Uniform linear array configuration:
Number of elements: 8
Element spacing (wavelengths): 1
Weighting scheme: kaiser
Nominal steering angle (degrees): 45
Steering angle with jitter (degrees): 43.989
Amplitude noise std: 0.05
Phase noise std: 0.05

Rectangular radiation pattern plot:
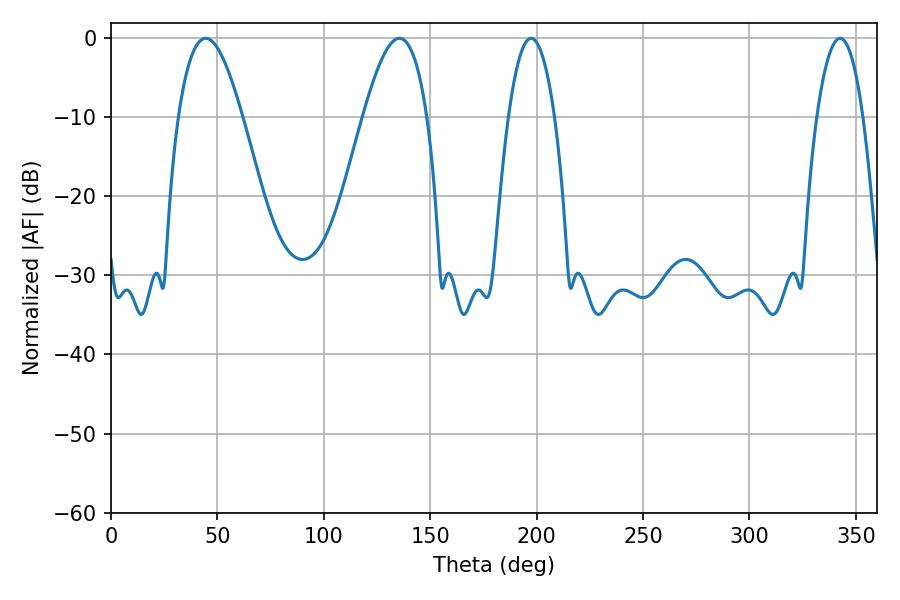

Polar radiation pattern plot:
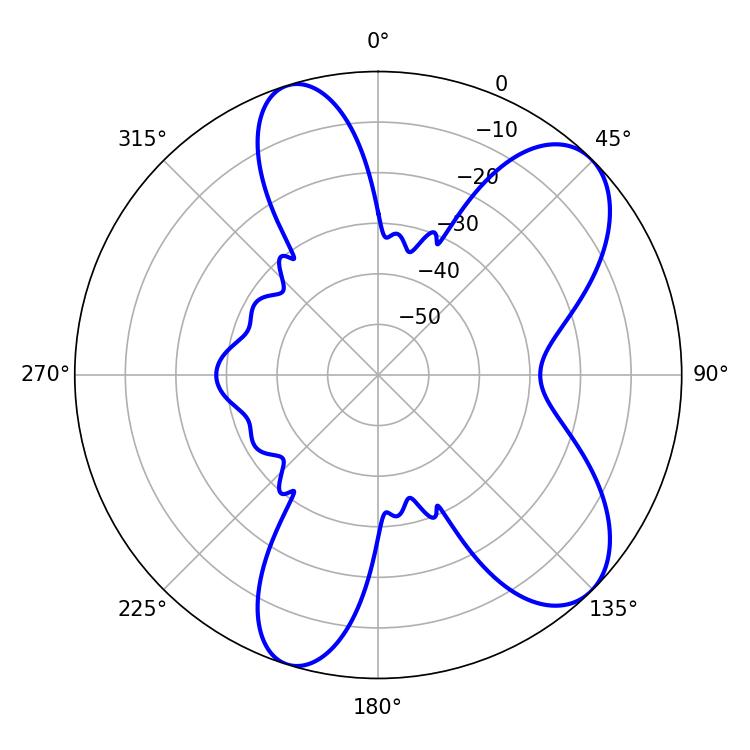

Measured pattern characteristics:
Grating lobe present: TRUE
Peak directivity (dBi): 8.144
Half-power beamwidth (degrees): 16.38
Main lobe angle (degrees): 44.46